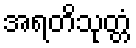
အရတိသုတ္တံ